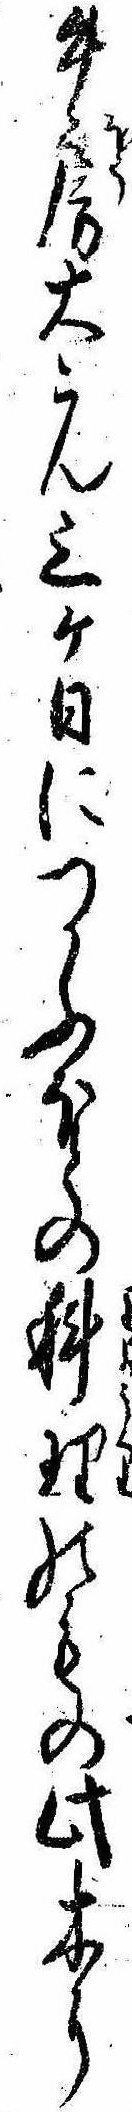
牛房大こん三ケ日につかふほとの科理のもの此木に